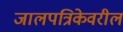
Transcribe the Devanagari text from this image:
जालपत्रिकेवरील